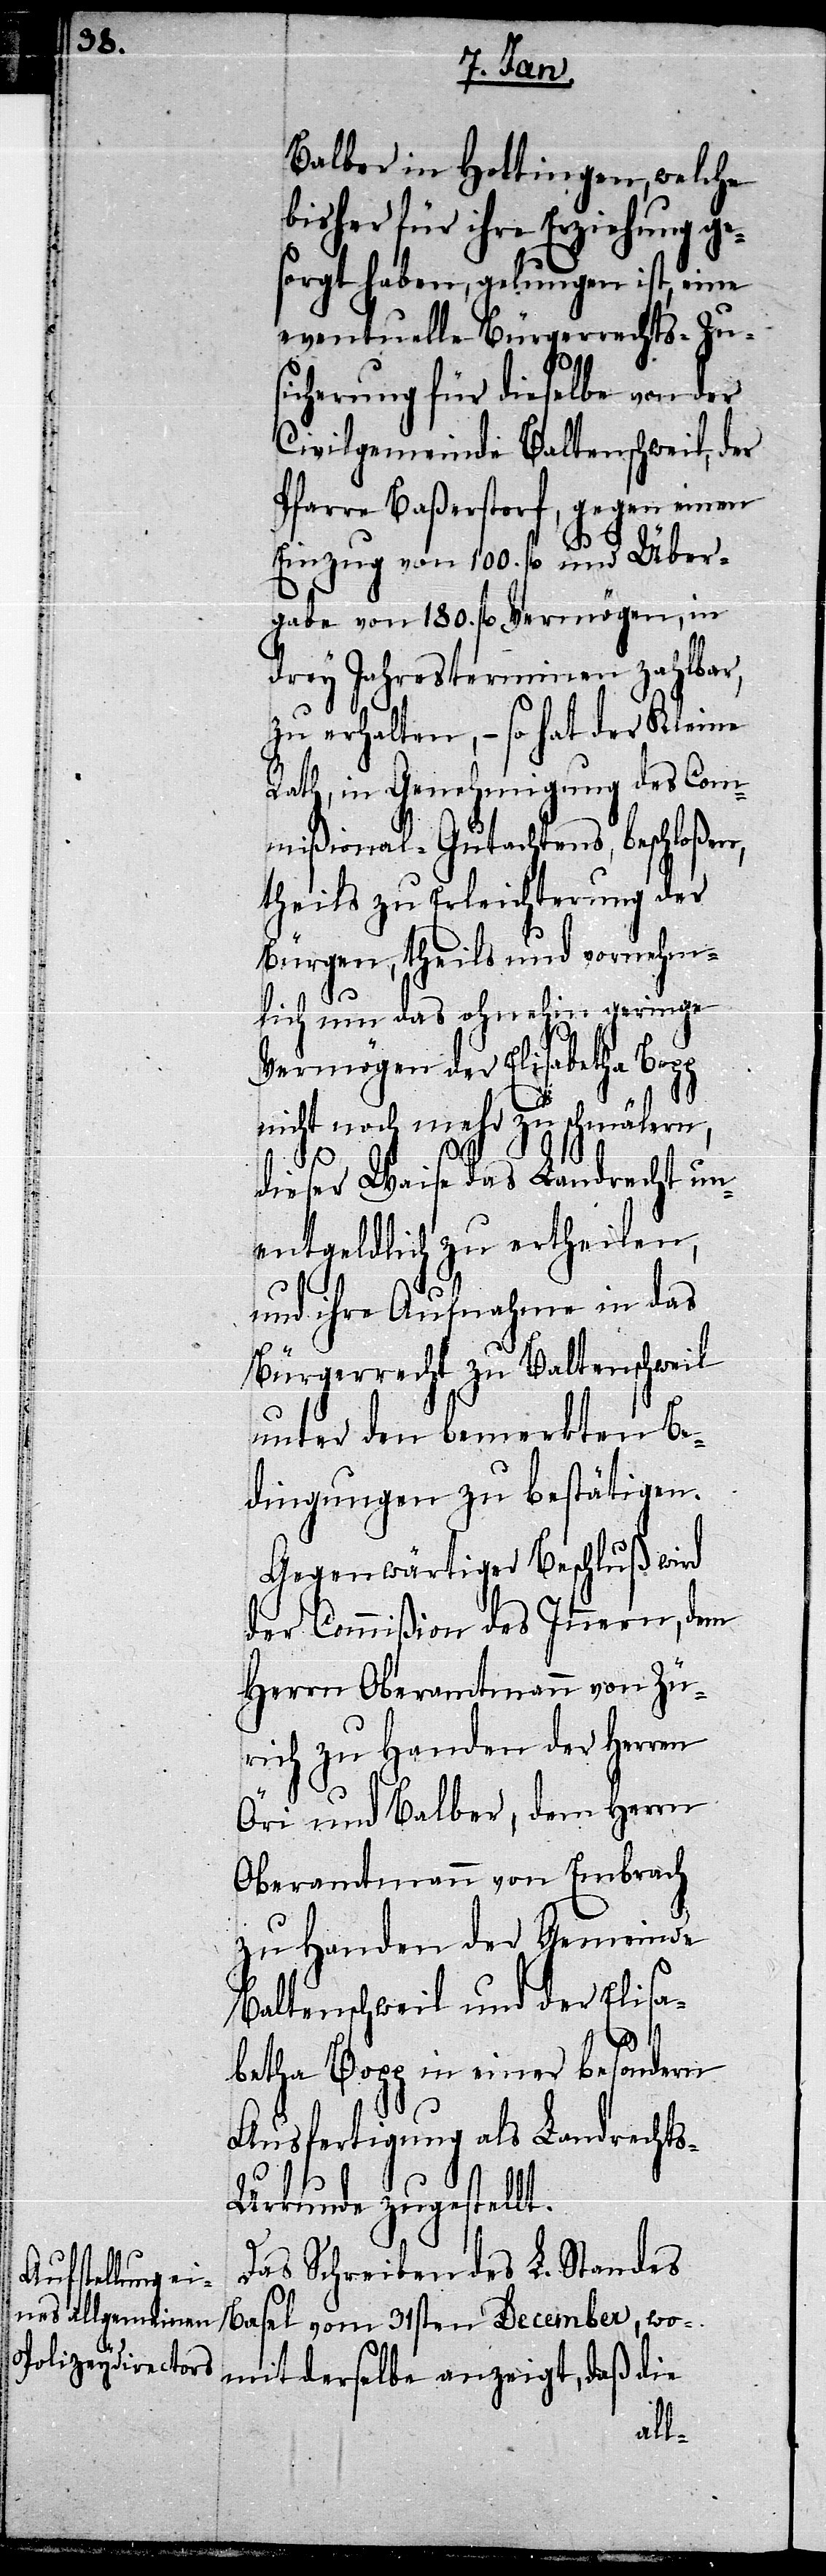
100.

Balber in Hottingen, welche
bisher für ihre Erziehung ge¬
sorgt haben, gelungen ist, eine
eventuelle Bürgerrechts-Zu¬
sicherung für dieselbe von der
Civilgemeinde Baltenschweil, der
Pfarre Baßerstorf, gegen einen
drey Jahresterminen zahlbar,
zu erhalten, – so hat der Kleine
Rath, in Genehmigung des Com¬
mißional-Gutachtens, beschloßen,
theils zu Erleichterung der
Bürgen, theils und vornehm¬
lich um das ohnehin geringe
Vermögen der Elisabetha Bopp
nicht noch mehr zu schmälern,
dieser Waise das Landrecht un¬
entgeldlich zu ertheilen,
und ihre Aufnahme in das
Bürgerrecht zu Baltenschweil
unter den bemerkten Be¬
dingungen zu bestätigen.
Gegenwärtiger Beschluß wird
der Commißion des Innern, dem
Herrn Oberamtmann von Zü¬
rich zu Handen der Herren
Öri und Balber, dem Herrn
Oberamtmann von Embrach
zu Handen der Gemeinde
Baltenschweil und der Elisa¬
betha Bopp in einer besondern
Ausfertigung als Landrecht¬
s-Urkunde zugestellt.
Das Schreiben des L. Standes
Basel vom 31sten December, wo¬
mit derselbe anzeigt, daß die
fl.